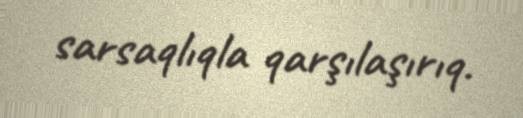
sarsaqlıqla qarşılaşırıq.